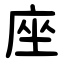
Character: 座